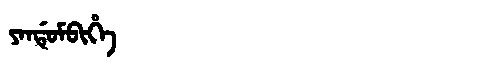
Manchu: ᠶᠠᠨᡩᡠᠮᠪᡳᡥᡝ
Romanization: YANDUMBIHE